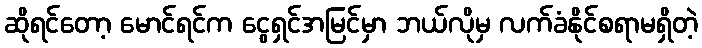
ဆိုရင်တော့ မောင်ရင်က ငွေရှင်အမြင်မှာ ဘယ်လိုမှ လက်ခံနိုင်စရာမရှိတဲ့